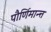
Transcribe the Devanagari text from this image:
पौर्णिमान्त्त